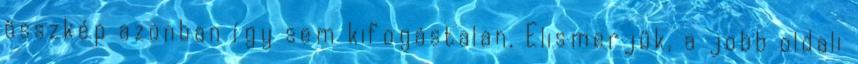
összkép azonban így sem kifogástalan. Elismerjük, a jobb oldali